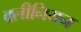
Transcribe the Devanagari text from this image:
क्लीनियन